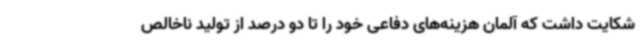
شکایت داشت که آلمان هزینه‌های دفاعی خود را تا دو درصد از تولید ناخالص